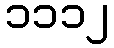
၁၁၁၂